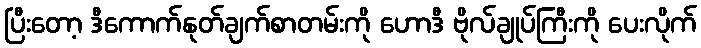
ပြီးတော့ ဒီကောက်နုတ်ချက်စာတမ်းကို ဟောဒီ ဗိုလ်ချုပ်ကြီးကို ပေးလိုက်